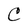
Character: C